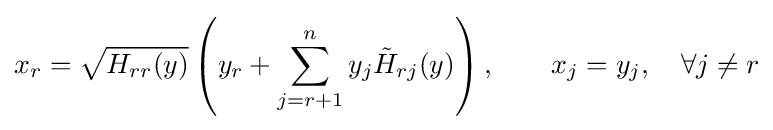
x_{r}={\sqrt {H_{rr}(y)}}\left(y_{r}+\sum _{j=r+1}^{n}y_{j}{\tilde {H}}_{rj}(y)\right),\qquad x_{j}=y_{j},\quad \forall j\neq r